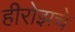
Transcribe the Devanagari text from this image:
हीरोझचे